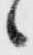
ニ